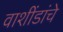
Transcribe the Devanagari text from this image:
वाशींडांचे